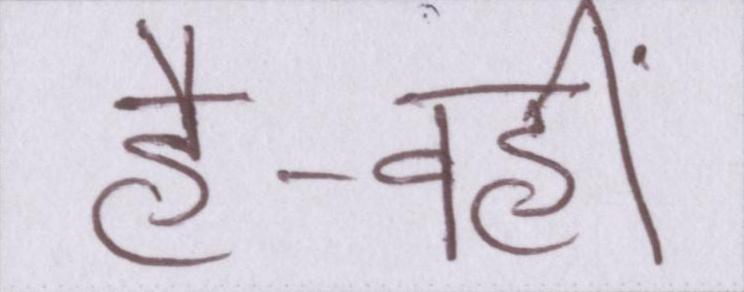
है-वहीं